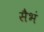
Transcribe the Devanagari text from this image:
सैभं